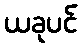
ယခုပင်